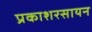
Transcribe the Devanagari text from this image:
प्रकाशरसायन